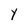
Character: Y